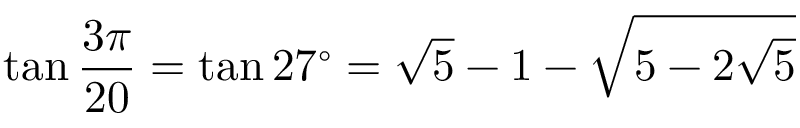
\tan { \frac { 3 \pi } { 2 0 } } = \tan 2 7 ^ { \circ } = { \sqrt { 5 } } - 1 - { \sqrt { 5 - 2 { \sqrt { 5 } } } }